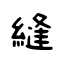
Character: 縫